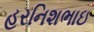
હરનિશભાઇ